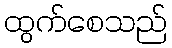
ထွက်စေသည်